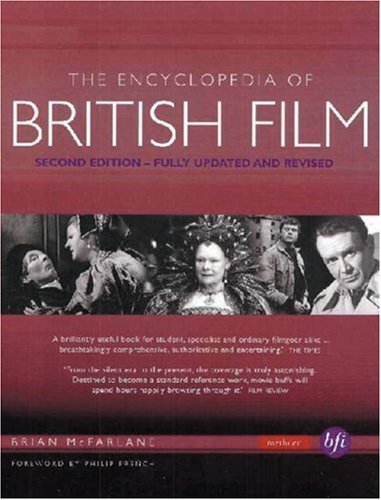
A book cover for The Encyclopedia of British Film: Second Edition; Brian McFarlane; Humor & Entertainment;